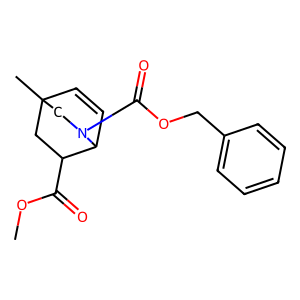
SMILES: COC(=O)C1CC2(C)C=CC1N(C(=O)OCc1ccccc1)C2
Inhibits HIV replication: No